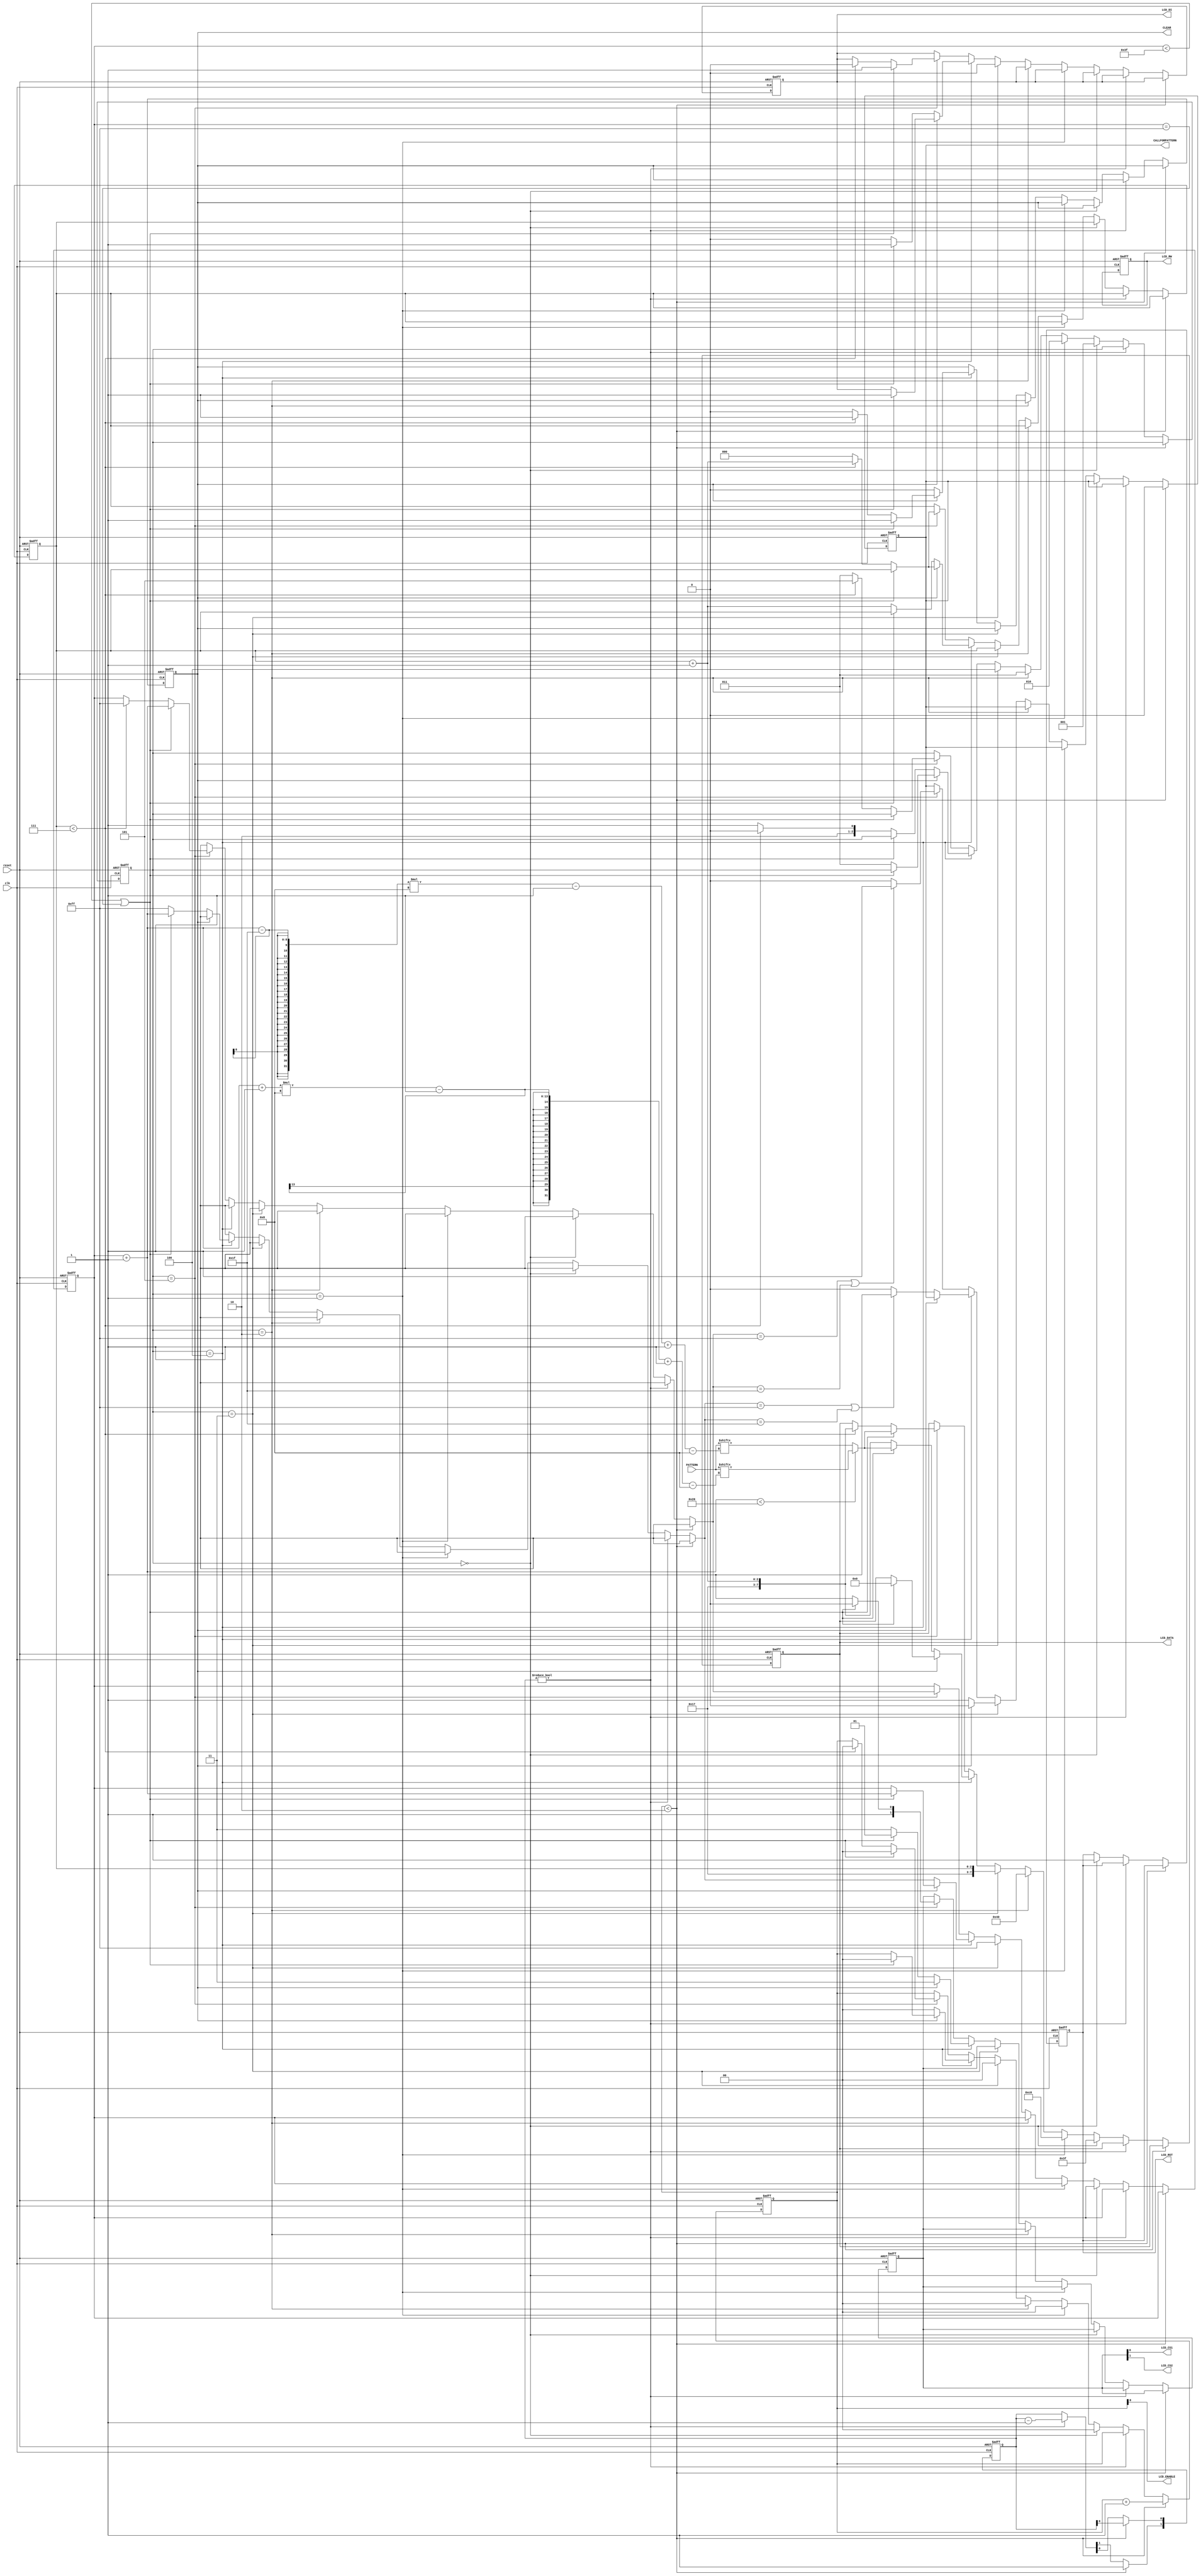
module LCD_DISPLAY(LCD_ENABLE, LCD_RW, LCD_DI, LCD_CS1, LCD_CS2, LCD_RST, LCD_DATA, CLEAR, CALLFORPATTERN, PATTERN, reset, clk);
	
	input clk;
	input reset;
	input [255:0] PATTERN;
	
	output LCD_ENABLE;
	output LCD_RW;
	output LCD_DI;
	output LCD_CS1;
	output LCD_CS2;
	output LCD_RST;
	output [7:0] LCD_DATA;
	output CALLFORPATTERN, CLEAR;
	
	reg [7:0] LCD_DATA;
	reg [1:0] LCD_SEL;
	reg [2:0] STATE;
	reg [2:0] X_PAGE;
	reg [1:0] DELAY;
	reg [7:0] INDEX;
	reg [1:0] ENABLE;
	reg CLEAR;
	reg LCD_RW;
	reg LCD_DI;
	reg LCD_RST;
	reg CALLFORPATTERN;
	wire clk;
	wire LCD_CS1;
	wire LCD_CS2;
	wire LCD_ENABLE;
	
	always@(negedge clk or negedge reset) begin
		if(!reset) begin
			CLEAR = 1'b1;
			STATE = 3'b0;
			DELAY = 2'b00;
			X_PAGE = 3'o0;
			INDEX = 8'd0;
			LCD_DATA = 8'd0;
			LCD_RST= 1'b0;
			ENABLE = 2'b00;
			LCD_SEL= 2'b11;
			LCD_DI = 1'b0;
			LCD_RW = 1'b0;
			CALLFORPATTERN = 0;
		end else begin
			if(ENABLE < 2'b10) begin
				/*given en onepulse signal & delay 2 cycle*/
				ENABLE = ENABLE + 2'b1;
				DELAY[1]= 1'b1;
				CALLFORPATTERN = 0;
			end else if(DELAY != 2'b00)begin
				/*given delay cycle by yourself, at most 2^18*/
				DELAY = DELAY - 2'b1;
			end else if(STATE == 3'o0) begin
				LCD_RST = 1'b1;
				LCD_DATA = 8'h3F;
				ENABLE = 2'b00;
				STATE = 3'o1;
			end else if(STATE == 3'o1) begin
				/*set up start line*/
				LCD_DATA = {2'b11,6'b000000};
				ENABLE = 2'b00;
				STATE = 3'o2;
			end else if(STATE == 3'o2) begin
				/*set Y*/
				LCD_DATA = 8'h40;
				ENABLE = 2'b00;
				STATE = 3'o3;
			end else if(STATE == 3'o3) begin
				/*set X*/
				LCD_DI = 1'b0;
				INDEX = 8'hFF;;
				LCD_DATA = {5'b10111,X_PAGE};
				STATE = 3'o4;
				ENABLE = 2'b00;
				if(CLEAR)CALLFORPATTERN = 0;
				else CALLFORPATTERN = 1;
			end else if(STATE == 3'o4) begin
				if(CLEAR) begin
					/*set all pixel to off*/
					LCD_SEL = 2'b11;
					if(INDEX < 8'd63 || INDEX==8'hFF) begin
						LCD_DI = 1'b1;
						INDEX = INDEX + 8'd1;
						LCD_DATA = 8'h00;
						ENABLE = 2'b00;
					end else if(X_PAGE < 3'o7) begin
						X_PAGE = X_PAGE + 3'o1;
						STATE = 3'o3;
					end else begin
						X_PAGE = 3'o0;
						STATE = 3'o3;
						CLEAR = 1'b0;
					end
				end else begin
					LCD_SEL = 2'b01;
					if(INDEX < 8'd63 || INDEX==8'hFF) begin
						LCD_DI = 1'b1;
						INDEX = INDEX + 8'h1;
						if(INDEX < 8'd32)begin
							LCD_DATA[7:0] = PATTERN[ ((INDEX+1)*8-1)-:8 ];
						end else begin
							LCD_DATA[7:0] = PATTERN[ ((INDEX-8'd31)*8-1)-:8 ];
						end
						ENABLE= 2'b00;
					end else if(X_PAGE<3'd7)begin
						LCD_SEL = 2'b11;
						X_PAGE = X_PAGE + 3'o1;
						LCD_DI = 1'b0;
						INDEX = 8'hFF;
						LCD_DATA = {5'b10111,X_PAGE};
						STATE = 3'o4;
						ENABLE = 2'b00;
					end else begin
						X_PAGE = X_PAGE + 3'o1;
						LCD_SEL = 2'b11;
						LCD_DI = 1'b0;
						INDEX = 8'hFF;
						LCD_DATA = {5'b10111,X_PAGE};
						STATE = 3'o5;
						ENABLE = 2'b00;
					end
					if(INDEX==8'hFF || INDEX==8'd31)CALLFORPATTERN = 1;
					else CALLFORPATTERN = 0;
				end
			end else if(STATE == 3'o5) begin
				LCD_SEL = 2'b10;
				if(INDEX < 8'd63 || INDEX==8'hFF) begin
					LCD_DI = 1'b1;
					INDEX = INDEX + 8'h1;
					if(INDEX < 8'd32)begin
						LCD_DATA[7:0] = PATTERN[ ((INDEX+1)*8-1)-:8 ];
					end else begin
						LCD_DATA[7:0] = PATTERN[ ((INDEX-8'd31)*8-1)-:8 ];
					end
					ENABLE= 2'b00;
				end else if(X_PAGE<3'd7)begin
					LCD_SEL = 2'b11;
					X_PAGE = X_PAGE + 3'o1;
					LCD_DI = 1'b0;
					INDEX = 8'hFF;
					LCD_DATA = {5'b10111,X_PAGE};
					STATE = 3'o5;
					ENABLE = 2'b00;
				end else begin
					LCD_SEL = 2'b11;
					X_PAGE = 3'o0;
					STATE = 3'o3;
				end
				if(INDEX==8'hFF || INDEX==8'd31)CALLFORPATTERN = 1;
				else CALLFORPATTERN = 0;
			end
		end
	end
	assign LCD_ENABLE = ENABLE[0];
	assign LCD_CS1 = LCD_SEL[0];
	assign LCD_CS2 = LCD_SEL[1];

endmodule